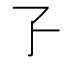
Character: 孒